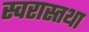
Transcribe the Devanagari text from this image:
स्वरास्तथा